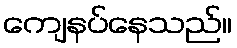
ကျေနပ်နေသည်။